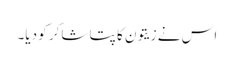
اس نے زیتون کا پتا شاکر کو دیا۔